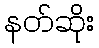
နတ်ဆိုး